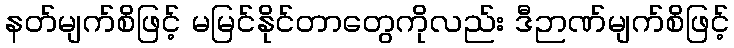
နတ်မျက်စိဖြင့် မမြင်နိုင်တာတွေကိုလည်း ဒီဉာဏ်မျက်စိဖြင့်